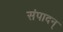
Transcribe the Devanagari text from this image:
संपादन्